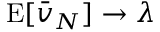
\operatorname { E } [ { \bar { v } } _ { N } ] \to \lambda